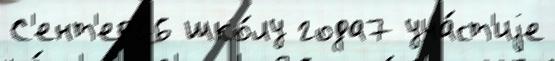
С'ент'ер26 шко́лу года7 уча́ст'иjе